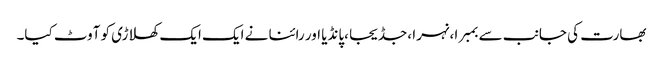
بھارت کی جانب سے بمبرا ،نہرا ،جڈیجا ،پانڈیا اور رائنا نے ایک ایک کھلاڑی کو آوٹ کیا۔